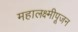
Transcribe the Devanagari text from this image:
महालक्ष्मीपूजन